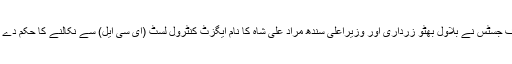
چیف جسٹس نے بلاول بھٹو زرداری اور وزیراعلیٰ سندھ مراد علی شاہ کا نام ایگزٹ کنٹرول لسٹ (ای سی ایل) سے نکالنے کا حکم دے دیا۔